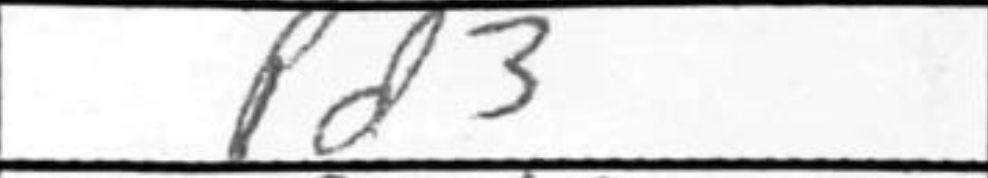
Transcription: d3